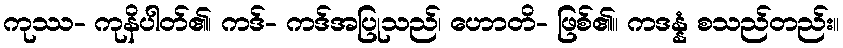
ကုဿ- ကုနိပါတ်၏၊ ကဒ်- ကဒ်အပြုသည်၊ ဟောတိ- ဖြစ်၏။ ကဒန္နံ စသည်တည်း။